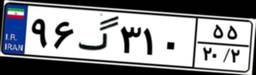
۹۶گ۳۱۰۵۵